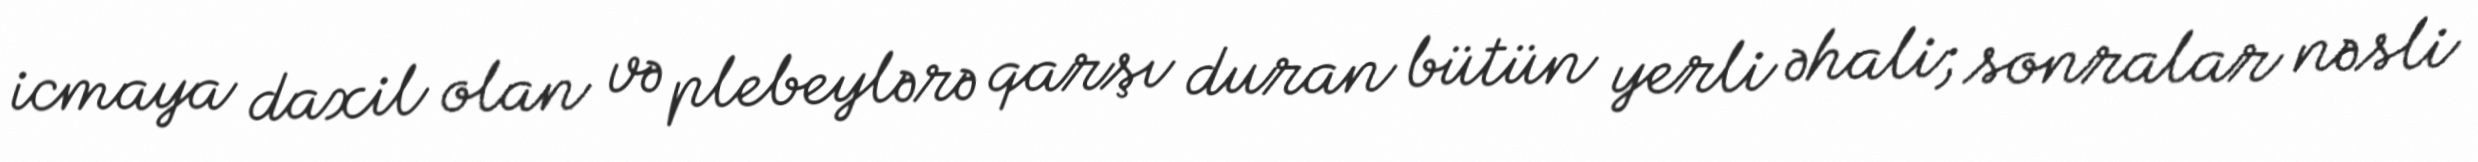
icmaya daxil olan və plebeylərə qarşı duran bütün yerli əhali; sonralar nəsli